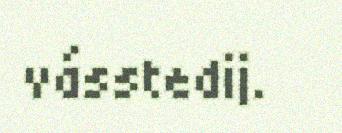
vásstedij.